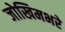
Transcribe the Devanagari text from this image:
जोखिमभरे